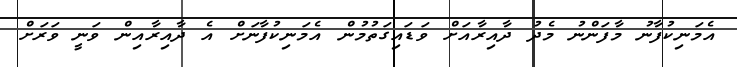
އެމަނިކުފާނު މާފަންނު މެދު ދާއިރާއަށް ވަޑައިގަތުމުން އެމަނިކުފާނަށް އެ ދާއިރާއިން ވަނީ ވަރަށް